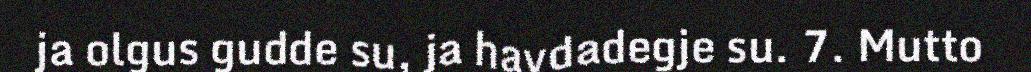
ja olgus gudde su, ja havdadegje su. 7. Mutto